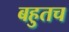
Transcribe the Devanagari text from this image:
बहुतच